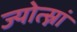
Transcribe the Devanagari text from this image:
ज्योत्स्नां